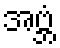
အဗ္ဘံ